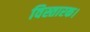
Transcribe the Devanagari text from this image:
विस्तारक।